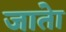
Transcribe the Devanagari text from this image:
जातेा